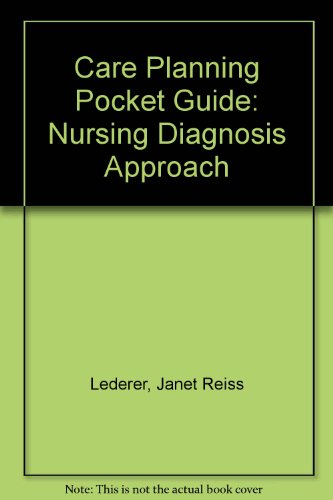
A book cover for Care Planning Pocket Guide: A Nursing Diagnosis Approach; Janet Reiss Lederer; Medical Books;